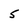
Character: 5